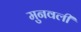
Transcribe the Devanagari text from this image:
मुनवली